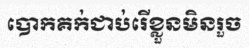
បោកគក់ជាប់រើខ្លួនមិនរួច